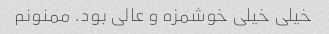
خیلی خیلی خوشمزه و عالی بود. ممنونم